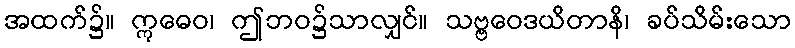
အထက်၌။ ဣဓေဝ၊ ဤဘဝ၌သာလျှင်။ သဗ္ဗဝေဒယိတာနိ၊ ခပ်သိမ်းသော